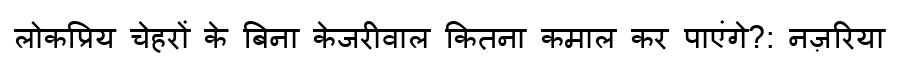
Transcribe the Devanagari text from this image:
लोकप्रिय चेहरों के बिना केजरीवाल कितना कमाल कर पाएंगे?: नज़रिया